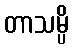
တာသမ္ပိ